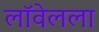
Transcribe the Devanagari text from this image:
लॉवेलला